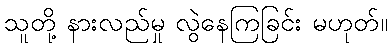
သူတို့ နားလည်မှု လွဲနေကြခြင်း မဟုတ်။